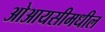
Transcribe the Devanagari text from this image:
ओआयसीमधील